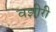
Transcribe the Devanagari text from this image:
वझीरी